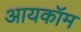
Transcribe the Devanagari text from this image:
आयकॉम